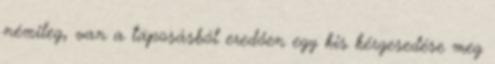
némileg, van a taposásból eredően egy kis kérgesedése meg